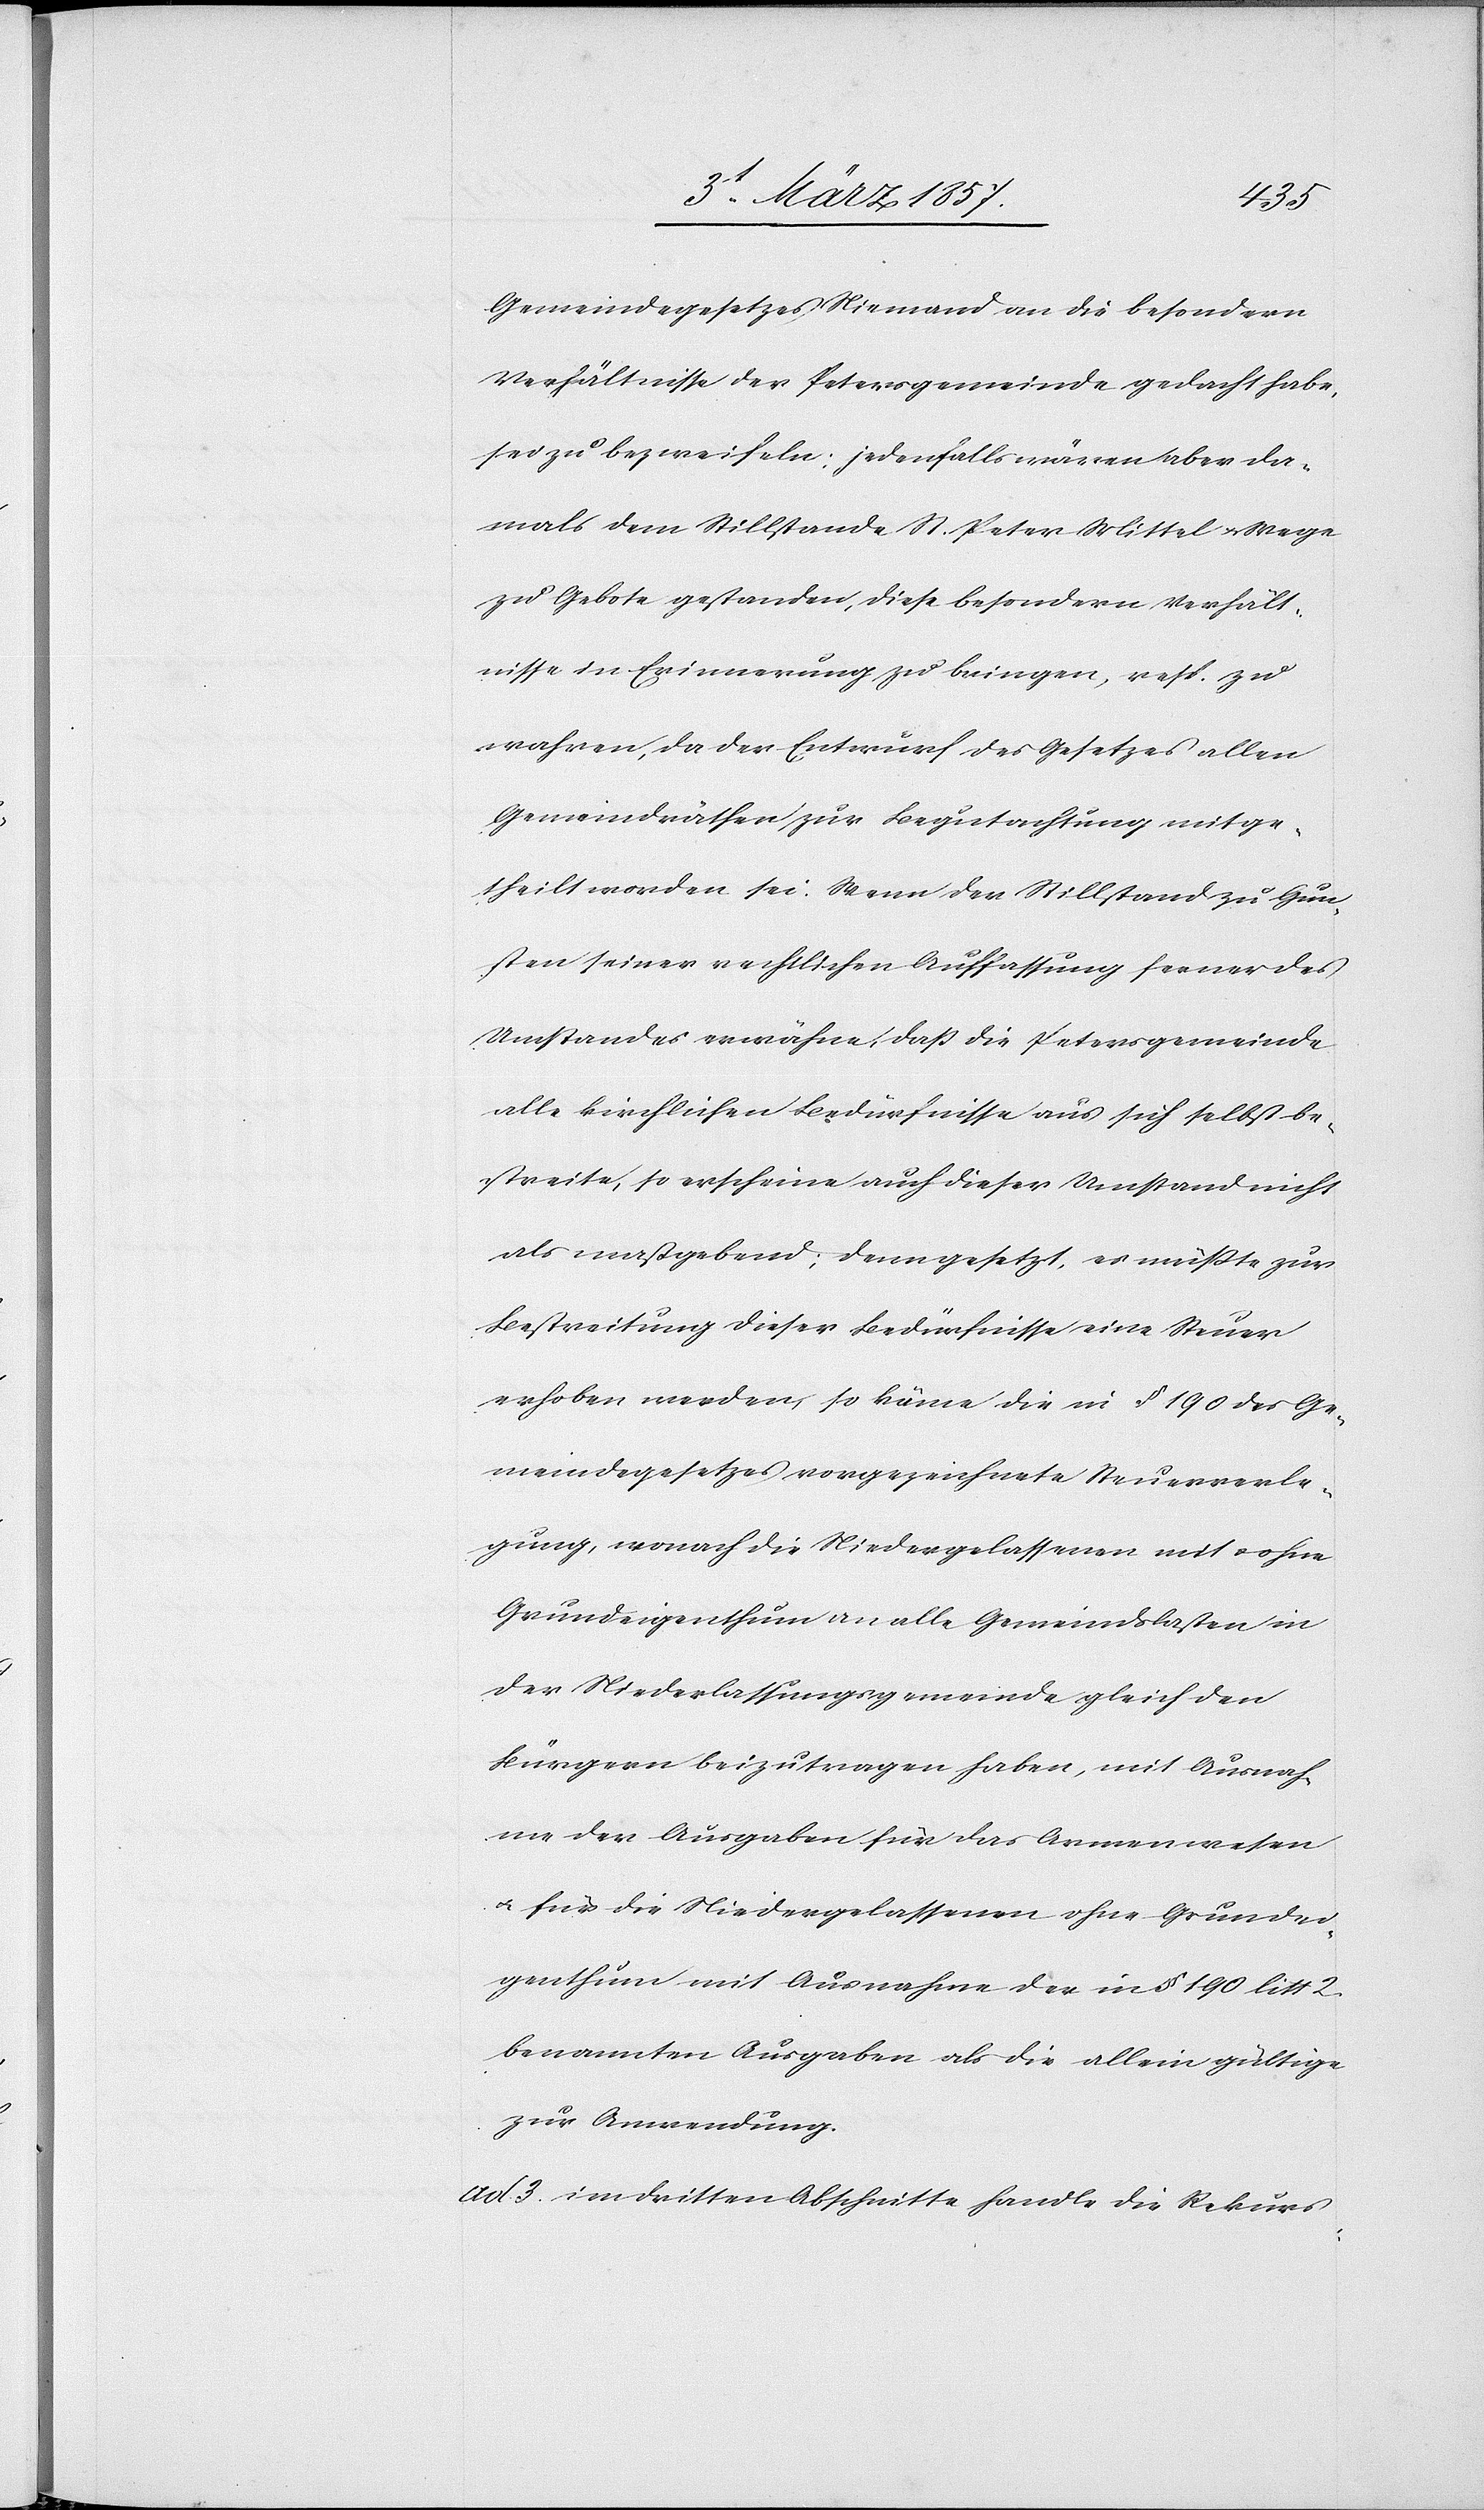
Gemeindegesetzes Niemand an die besondern
Verhältnisse der Petersgemeinde gedacht habe,
sei zu bezweifeln; jedenfalls wären aber da¬
mals dem Stillstande St. Peter Mittel u. Wege
zu Gebote gestanden, diese besondern Verhält¬
nisse in Erinnerung zu bringen, resp. zu
wahren, da der Entwurf des Gesetzes allen
Gemeindrähten zur Begutachtung mitge¬
theilt worden sei. Wenn der Stillstand zu Gun¬
sten seiner rechtlichen Auffassung ferner des
Umstandes erwähne, daß die Petersgemeinde
alle kirchlichen Bedürfnisse aus sich selbst be¬
streite, so erscheine auch dieser Umstand nicht
als maßgebend; denn gesetzt, es müßte zur
Bestreitung dieser Bedürfnisse eine Steuer
erhoben werden, so käme die in § 190 des Ge¬
meindegesetzes vorgezeichnete Steuerverle¬
gung, wonach die Niedergelassenen mit u. ohne
Grundeigenthum an alle Gemeindslasten in
der Niederlassungsgemeinde gleich den
Bürgern beizutragen haben, mit Ausnah¬
me der Ausgaben für das Armenwesen
u. für die Niedergelassenen ohne Grundei¬
genthum mit Ausnahme der in § 190 litt 2.
benannten Ausgaben als die allein gültige
zur Anwendung.
ad. 3. im dritten Abschnitte handle die Rekurs